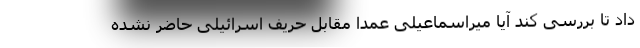
داد تا بررسی کند آیا میراسماعیلی عمداً مقابل حریف اسرائیلی حاضر نشده